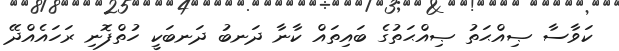
ކަވާސާ ޞިއްޙަތު ޞިއްޙަތުގެ ބައިތައް ކާނާ ދަނބު ދަނބަކީ ހުތްފޮނި ރަހައެއްދޭ